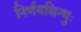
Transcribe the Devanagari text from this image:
निर्णयसिन्धुः